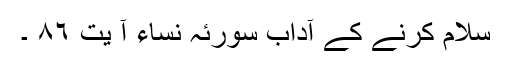
سلام کرنے کے آداب سورئہ نساء آ یت ٨٦ ۔